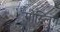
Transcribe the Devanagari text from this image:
गोस्लिग